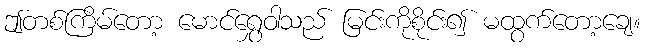
ဤတစ်ကြိမ်တော့ မောင်ရွှေဝါသည် မြင်းကိုစိုင်း၍ မထွက်တော့ချေ။